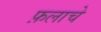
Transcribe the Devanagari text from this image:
फ़लाचे